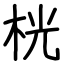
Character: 桄